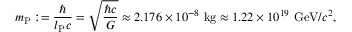
m _ { \mathrm { P } } : = \frac { \hbar } { l _ { \mathrm { P } } c } = \sqrt { \frac { \hbar c } { G } } \approx 2 . 1 7 6 \times 1 0 ^ { - 8 } \ \mathrm { k g } \approx 1 . 2 2 \times 1 0 ^ { 1 9 } \ \mathrm { G e V } / c ^ { 2 } ,